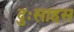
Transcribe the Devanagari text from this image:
दुःसाहस